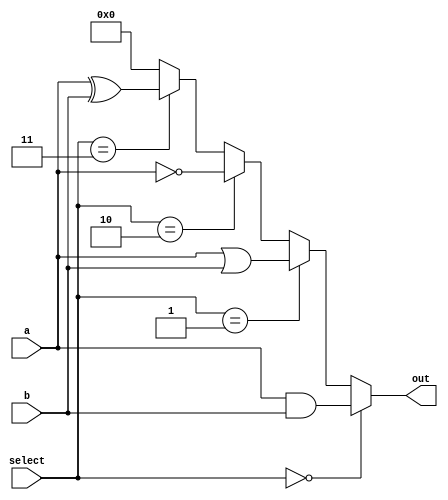
module combinational_logic_block (
    input wire [3:0] a,           // 4-bit input
    input wire [3:0] b,           // 4-bit input
    input wire [1:0] select,      // Control signal to select the function
    output wire [3:0] out         // 4-bit output
);

// Shared Logic Resources
wire [3:0] and_out;             // AND output
wire [3:0] or_out;              // OR output
wire [3:0] not_a;               // NOT output for a
wire [3:0] not_b;               // NOT output for b
wire [3:0] xor_out;             // XOR output

// Logic Operations
assign and_out = a & b;         // AND operation
assign or_out = a | b;          // OR operation
assign not_a = ~a;              // NOT operation on a
assign not_b = ~b;              // NOT operation on b
assign xor_out = a ^ b;         // XOR operation

// Multiplexer to select the output based on control signal
assign out = (select == 2'b00) ? and_out :  // Select AND output
             (select == 2'b01) ? or_out :   // Select OR output
             (select == 2'b10) ? not_a :    // Select NOT a output
             (select == 2'b11) ? xor_out :   // Select XOR output
             4'b0000;                        // Default case

endmodule